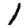
Digit: 1